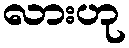
လားဟု